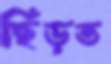
ছিঁড়ত